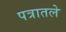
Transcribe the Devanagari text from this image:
पत्रातले